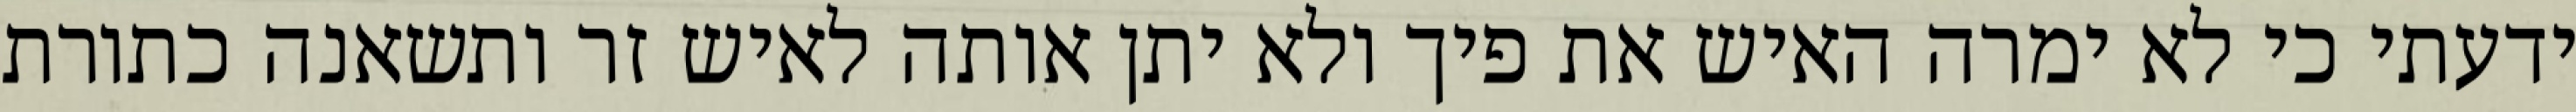
ידעתי כי לא ימרה האיש את פיך ולא יתן אותה לאיש זר ותשאנה כתורת